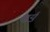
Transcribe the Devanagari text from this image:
सूर्यु